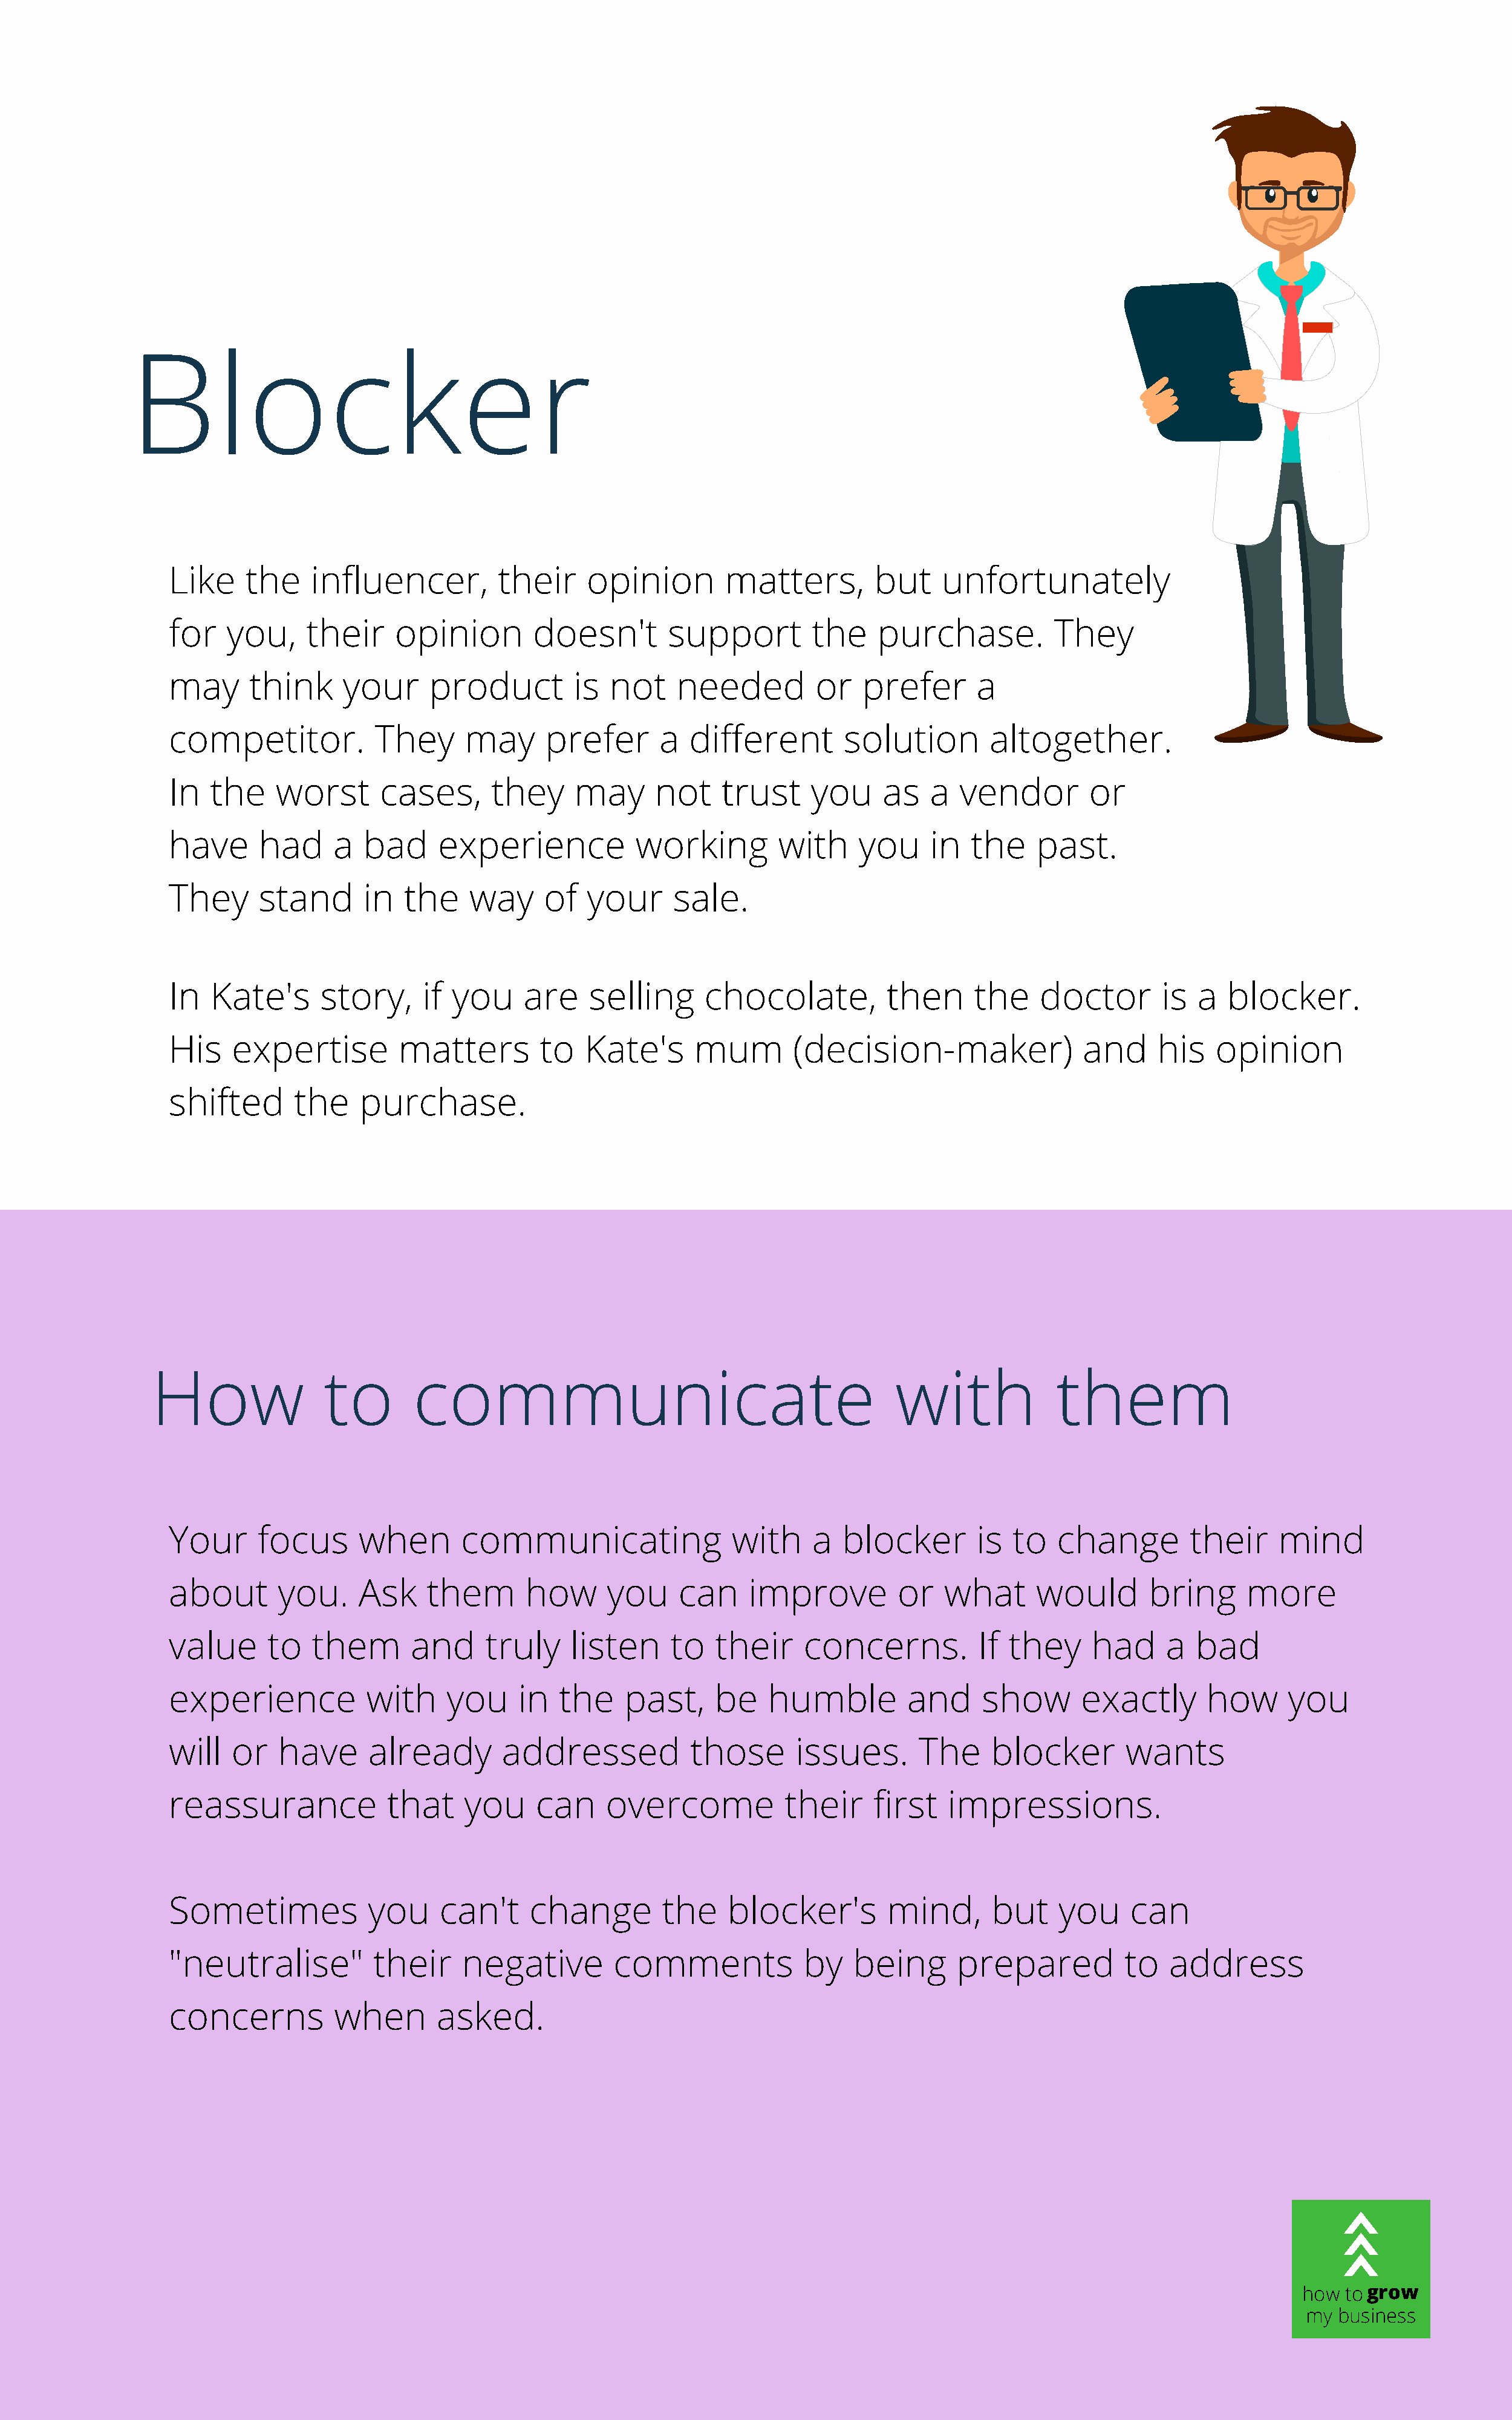
Blocker
 Like     the    influencer,          their    opinion        matters,         but    unfortunately
 for    you,     their    opinion        doesn't        support         the    purchase.           They
 may      think      your     product         is  not    needed         or   prefer       a
 competitor.            They      may      prefer      a   different       solution        altogether.
 In   the    worst       cases,      they     may      not    trust     you     as   a  vendor        or
 have      had      a  bad     experience            working        with     you     in  the     past.
 They      stand       in  the    way      of  your      sale.
 In   Kate's      story,     if  you    are     selling     chocolate,          then      the    doctor       is  a   blocker.
 His    expertise          matters        to   Kate's      mum        (decision-maker)                and     his   opinion
 shifted       the    purchase.
 How               to        communicate                                          with              them
 Your      focus      when       communicating                 with     a  blocker        is  to   change        their     mind
 about       you.     Ask     them       how      you    can     improve         or   what       would       bring      more
 value      to   them       and     truly     listen    to   their     concerns.          If  they     had     a  bad
 experience            with     you     in  the    past,     be    humble         and      show      exactly       how      you
 will   or   have      already        addressed            those      issues.       The     blocker       wants
 reassurance             that     you     can    overcome            their     first   impressions.
 Sometimes             you     can't     change         the    blocker's        mind,       but    you     can
 "neutralise"           their     negative        comments             by   being       prepared          to   address
 concerns           when       asked.
 how togrow
 my business